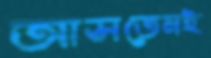
আসতেনই